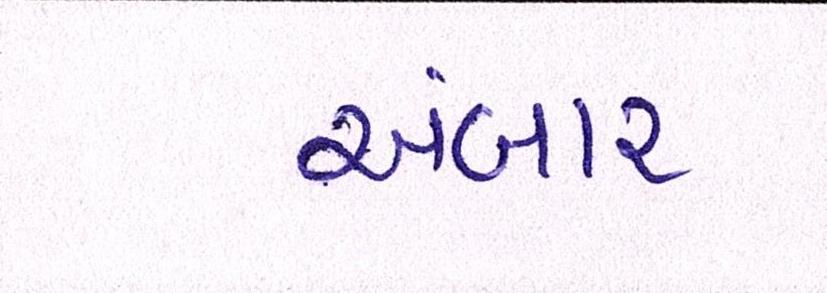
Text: અંબાર